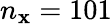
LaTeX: n_{\mathbf{x}}=101